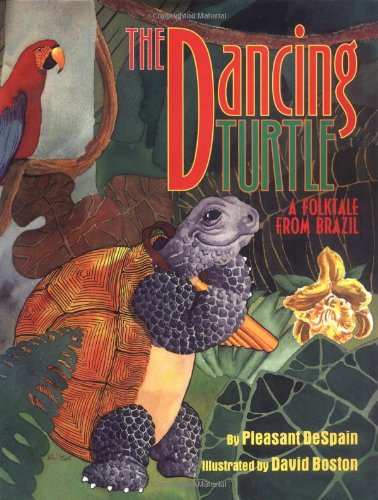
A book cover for Dancing Turtle: A Folktale from Brazil; Pleasant DeSpain; Children's Books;